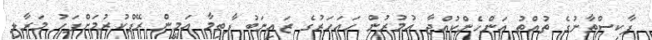
ޕާކިސްތާނުގެ ތުއްތު އަންހެންކުއްޖާ އުމުރުން ހައަހަރުގެ ޒައިނަބު ފާތިމާ އަމީން ރޭޕްކުރުމަށްފަހު މަރާލި